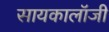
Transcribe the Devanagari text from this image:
सायकालॉजी